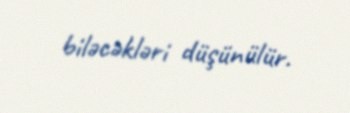
biləcəkləri düşünülür.